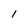
Character: 1